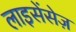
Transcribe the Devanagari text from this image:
लाइसेंसेज़